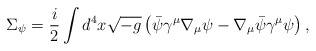
\begin{align*}\Sigma _{\psi }=\frac{i}{2}\int d^{4}x\sqrt{-g}\left( \bar{\psi}\gamma ^{\mu}\nabla _{\mu }\psi -\nabla _{\mu }\bar{\psi}\gamma ^{\mu }\psi \right) ,\end{align*}